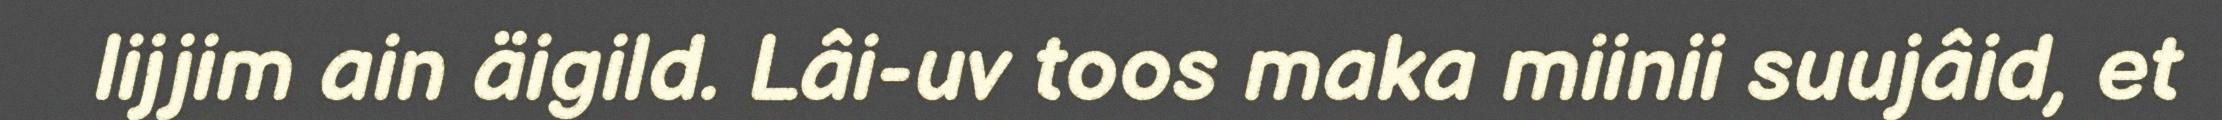
lijjim ain äigild. Lâi-uv toos maka miinii suujâid, et